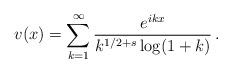
LaTeX: \begin{align*} v(x)=\sum_{k=1}^\infty \frac{e^{ikx}}{k^{1/2+s}\log (1+k)} \, . \end{align*}